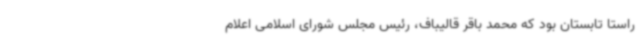
راستا تابستان بود که محمد باقر قالیباف، رئیس مجلس شورای اسلامی اعلام